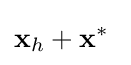
\mathbf {x} _{h}+\mathbf {x} ^{*}~